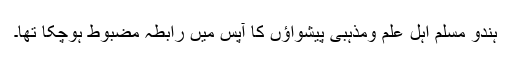
ہندو مسلم اہل علم ومذہبی پیشواؤں کا آپس میں رابطہ مضبوط ہوچکا تھا۔